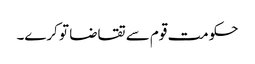
حکومت قوم سے تقاضا تو کرے۔